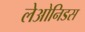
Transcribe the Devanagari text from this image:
लेओनिडस